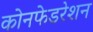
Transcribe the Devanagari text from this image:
कोनफेडरेशन